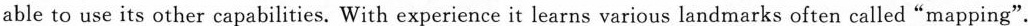
able to use its other capabilities. With experience it learns various landmarks often called "mapping".